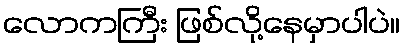
လောကကြီး ဖြစ်လို့နေမှာပါပဲ။